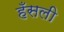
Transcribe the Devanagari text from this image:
हँसली